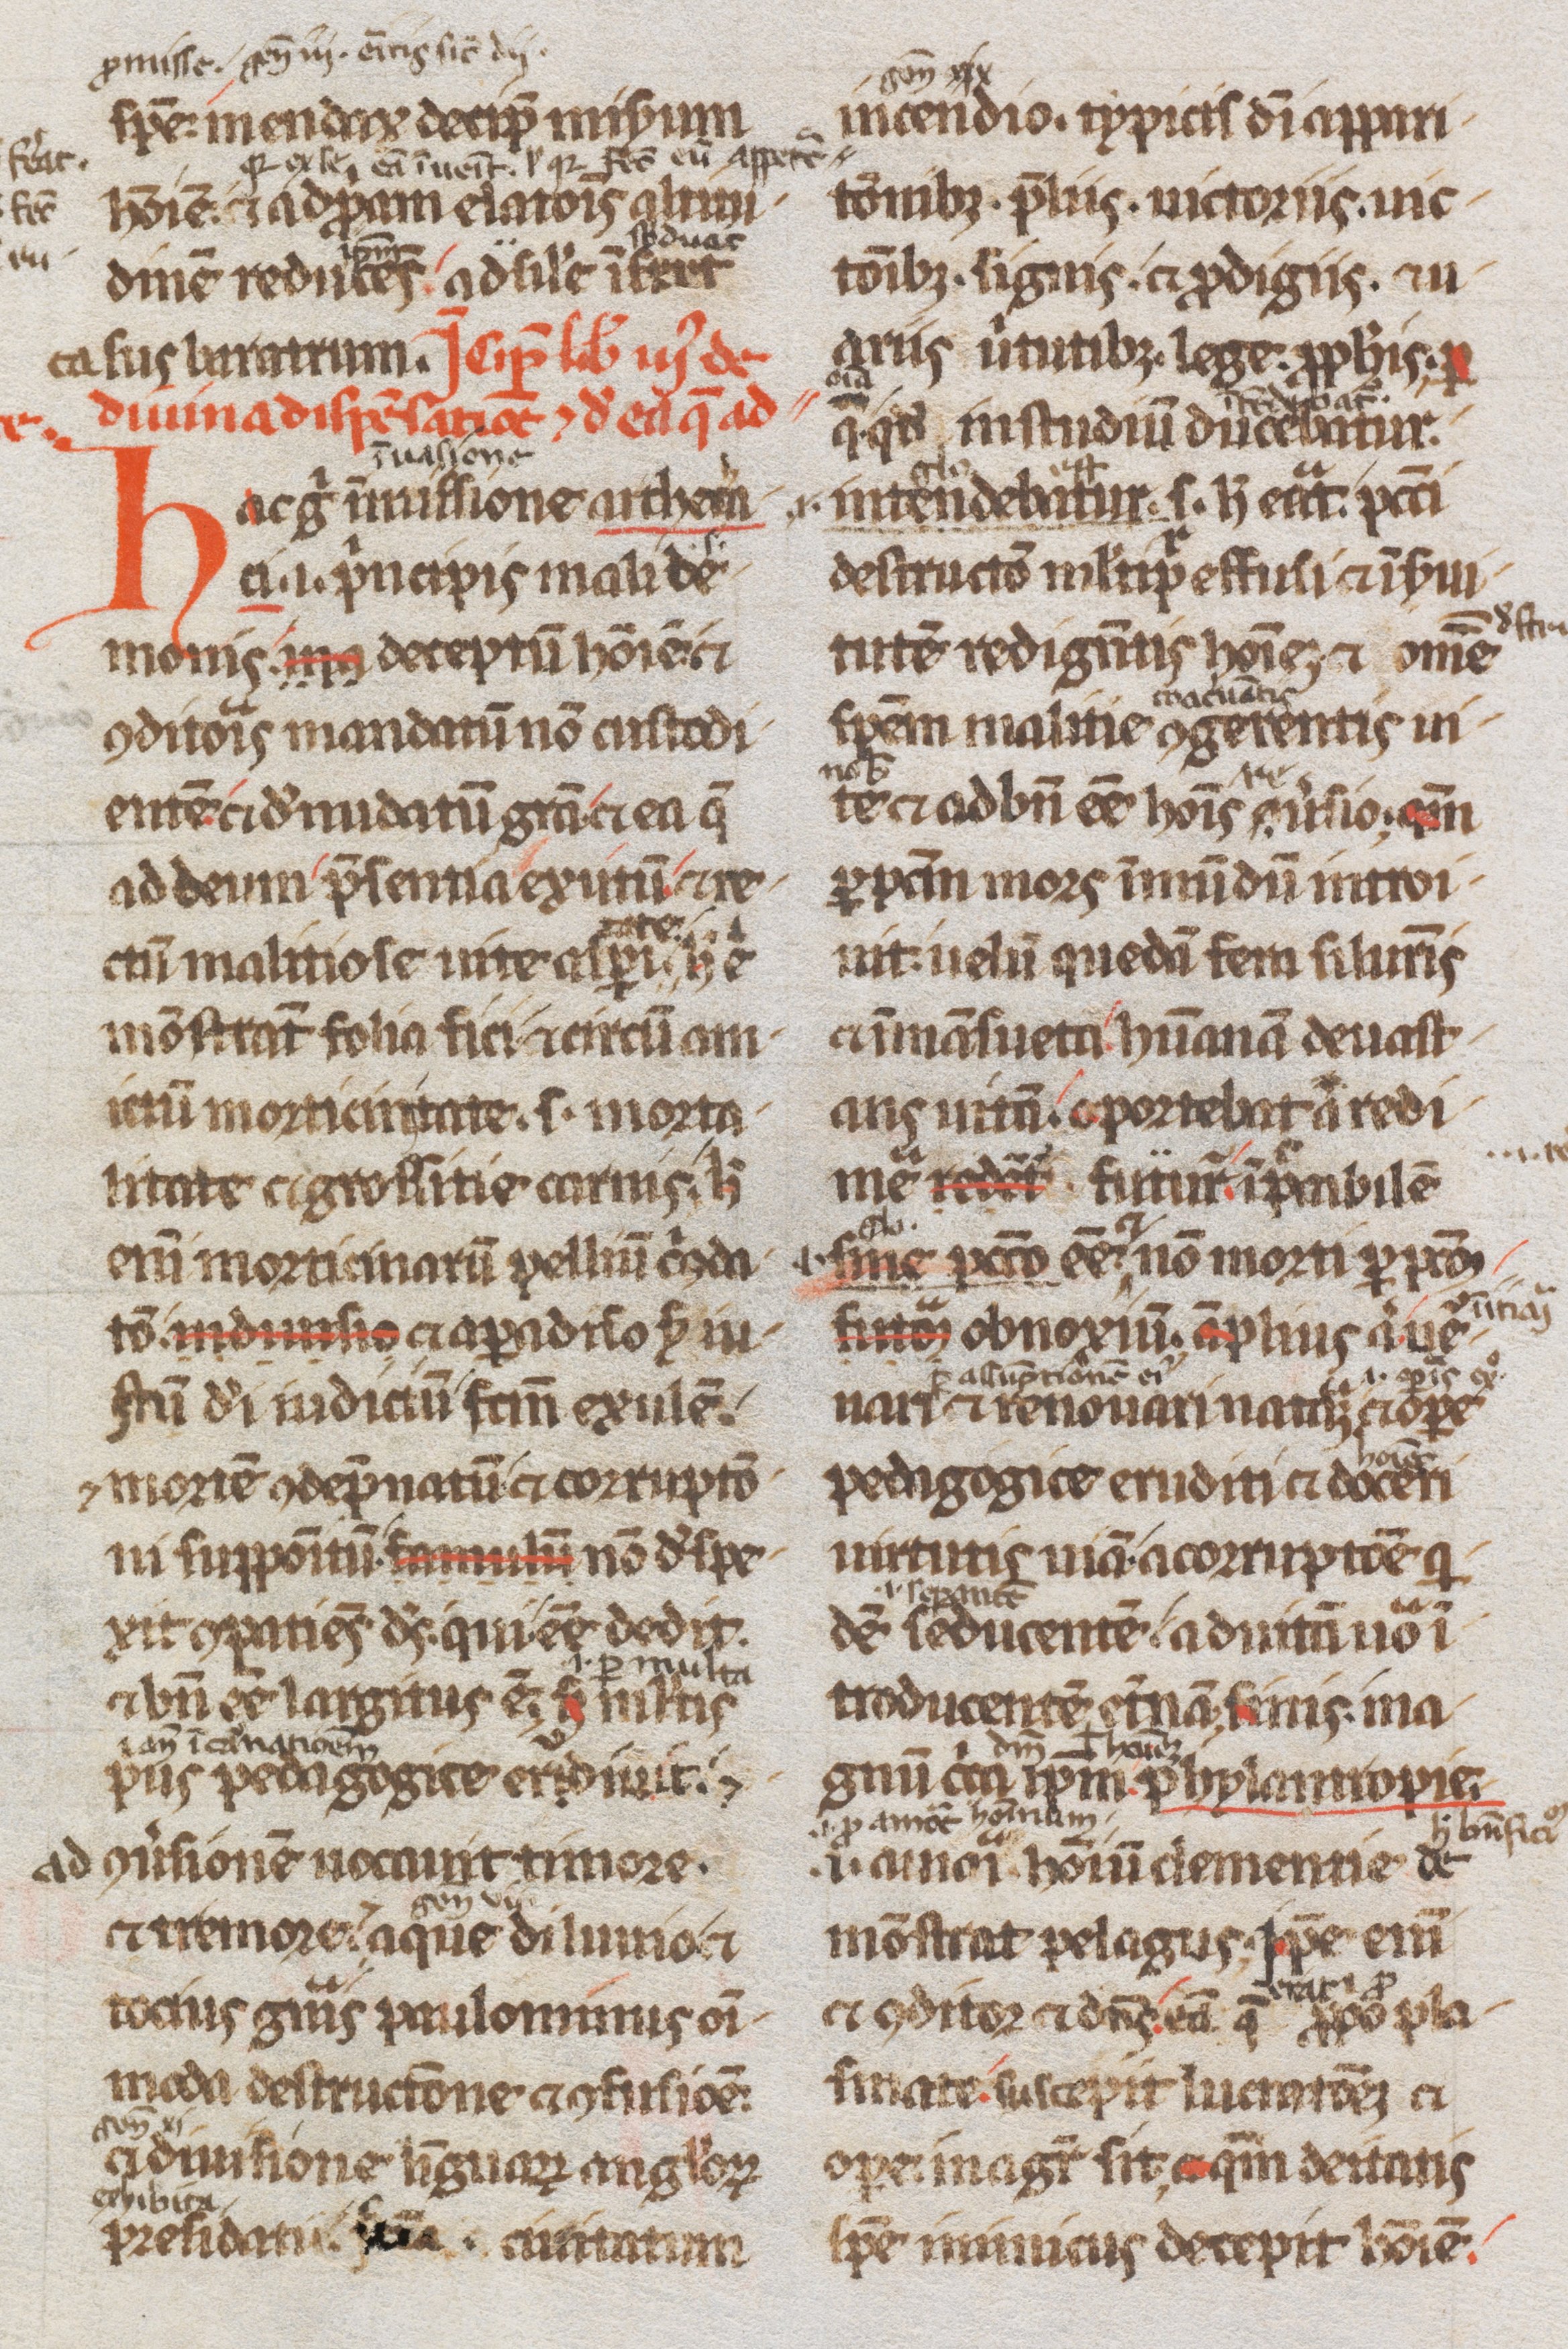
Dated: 1200–1299